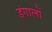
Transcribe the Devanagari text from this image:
डंगालों